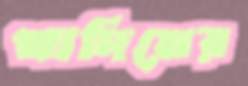
খাদিমের